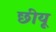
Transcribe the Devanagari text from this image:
छीयू